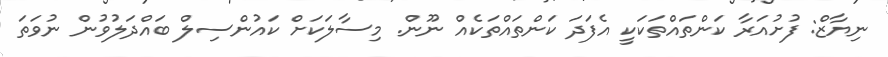
ނިޔާޒް: ފުށުއަރާ ކަންތައްތަކަކީ އެފަދަ ކަންތައްތަކެއް ނޫން. މިސާލަކަށް ކައުންސިލް ބައްދަލުވުން ނުވަތަ